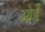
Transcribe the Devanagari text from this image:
ओर्डे